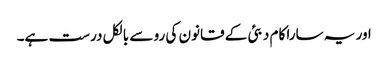
اور یہ سارا کام دبئی کے قانون کی رو سے بالکل درست ہے۔